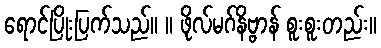
ရောင်ပြိုးပြက်သည်။ ။ ဖိုလ်မဂ်နိဗ္ဗာန် စူးစူးတည်း။